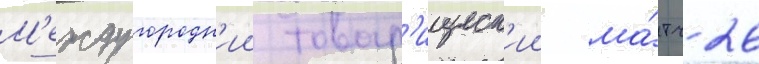
М'еждугородн'ии товар'ищеск'ии ма́тч 26